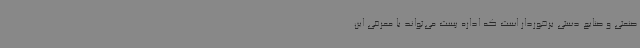
صنعتی و صنایع دستی برخوردار است که اداره پست می‌تواند با معرفی این